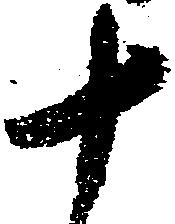
十